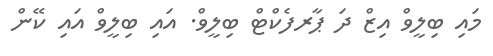
މައި ބިލީވް އިޒް ދަ ޕާރފެކްޓް ބިލީވް. އައި ބިލީވް އައި ކޭން